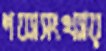
শয্যাসংখ্যায়